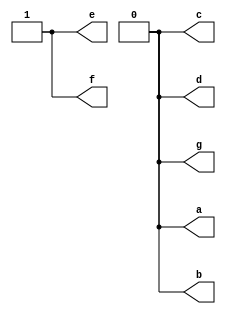
//write a verilog code that displays a number on sevensegment display 
module sevensegment(a,b,c,d,e,f,g);
output a,b,c,d,e,f,g;
function automatic [6:0] gout;

	input [6:0] a;
begin 
	case(a)
	 0: gout = 7'b0000001;
	 1: gout = 7'b1001111;
	 2: gout = 7'b0010010;
	 3: gout = 7'b0000110;
	 4: gout = 7'b1001100;
	 5: gout = 7'b0100100;
	 6: gout = 7'b0100000;
	 7: gout = 7'b0001111;
	 8: gout = 7'b0000000;
	 9: gout = 7'b0001100;
	 default: gout = 7'b1111111;
	 endcase
end
endfunction

assign {a,b,c,d,e,f,g} = gout(3);
endmodule